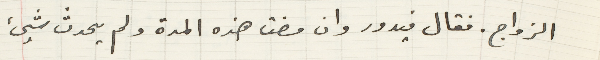
الزواج. فقال فيدور وان مضت هذه المدة ولم يحدث شيئ